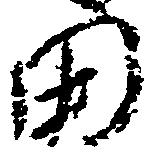
田